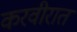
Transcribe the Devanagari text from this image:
करवीरात